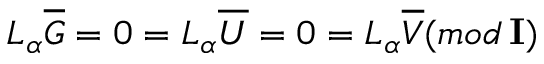
L _ { \alpha } \overline { { { G } } } = 0 = L _ { \alpha } \overline { { { U } } } = 0 = L _ { \alpha } \overline { { { V } } } ( m o d \, { \bf I } )